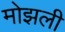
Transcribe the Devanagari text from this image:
मोझली